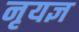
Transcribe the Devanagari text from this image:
नृयज्ञ